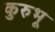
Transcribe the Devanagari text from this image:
कुरुभू